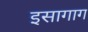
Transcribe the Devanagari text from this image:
इसागाग